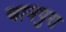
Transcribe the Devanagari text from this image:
चानपुरा